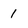
Character: 1